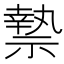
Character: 𮂑